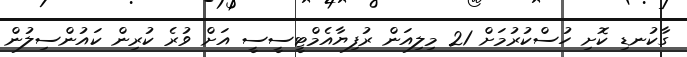
ގާކުނޑި ކޮށި ހުސްކުރުމަށް 21 މިލިއަން ރުފިޔާއެމްޓީސީސީ އަށް ވުރެ ކުރިން ކައުންސިލުން